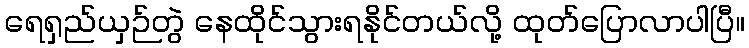
ရေရှည်ယှဉ်တွဲ နေထိုင်သွားရနိုင်တယ်လို့ ထုတ်ပြောလာပါပြီ။